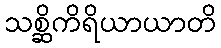
သစ္ဆိကိရိယာယာတိ